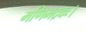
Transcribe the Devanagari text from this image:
मणिभद्रकः।